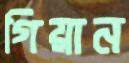
গিয়ান